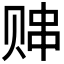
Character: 𬥸